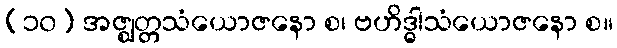
(၁၀) အဇ္ဈတ္တသံယောဇနော စ၊ ဗဟိဒ္ဓါသံယောဇနော စ။